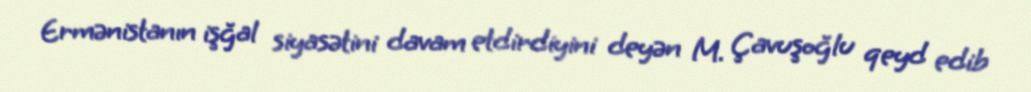
Ermənistanın işğal siyasətini davam etdirdiyini deyən M. Çavuşoğlu qeyd edib